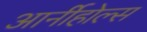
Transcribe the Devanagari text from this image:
आर्नीहोल्स